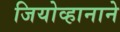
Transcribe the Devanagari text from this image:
जियोव्हानाने